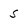
Character: s